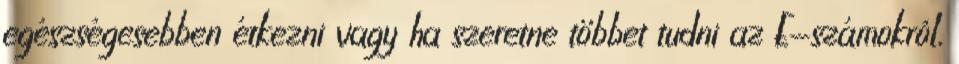
egészségesebben étkezni vagy ha szeretne többet tudni az E-számokról,